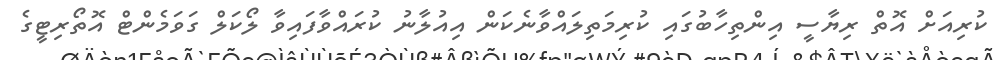
ކުރިއަށް އޮތް ރިޔާސީ އިންތިހާބުގައި ކުރިމަތިލައްވާނެކަން އިއުލާނު ކުރައްވާފައިވާ ލޯކަލް ގަވަމެންޓް އޮތޯރިޓީގެ